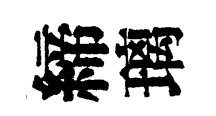
締璃